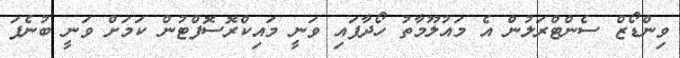
ވިންޑޯޒް ސެންޓްރަލުން އެ މައުލޫމާތު ހޯދާފައި ވަނީ މައިކްރޮސޮފްޓުން ކަމަށް ވަނީ ބުނެފަ